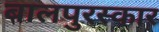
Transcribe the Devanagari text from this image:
बालपुरस्कार